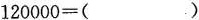
$$1 2 0 0 0 0 = ( )$$